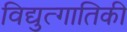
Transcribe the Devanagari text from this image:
विद्युत्गातिकी